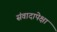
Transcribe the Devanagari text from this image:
संवादापेक्षा